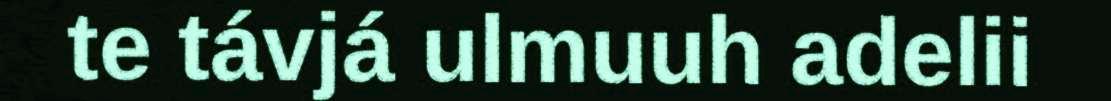
te távjá ulmuuh adelii